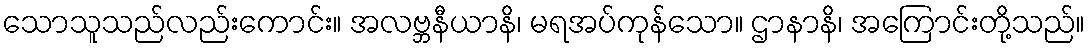
သောသူသည်လည်းကောင်း။ အလဗ္ဘနီယာနိ၊ မရအပ်ကုန်သော။ ဌာနာနိ၊ အကြောင်းတို့သည်။